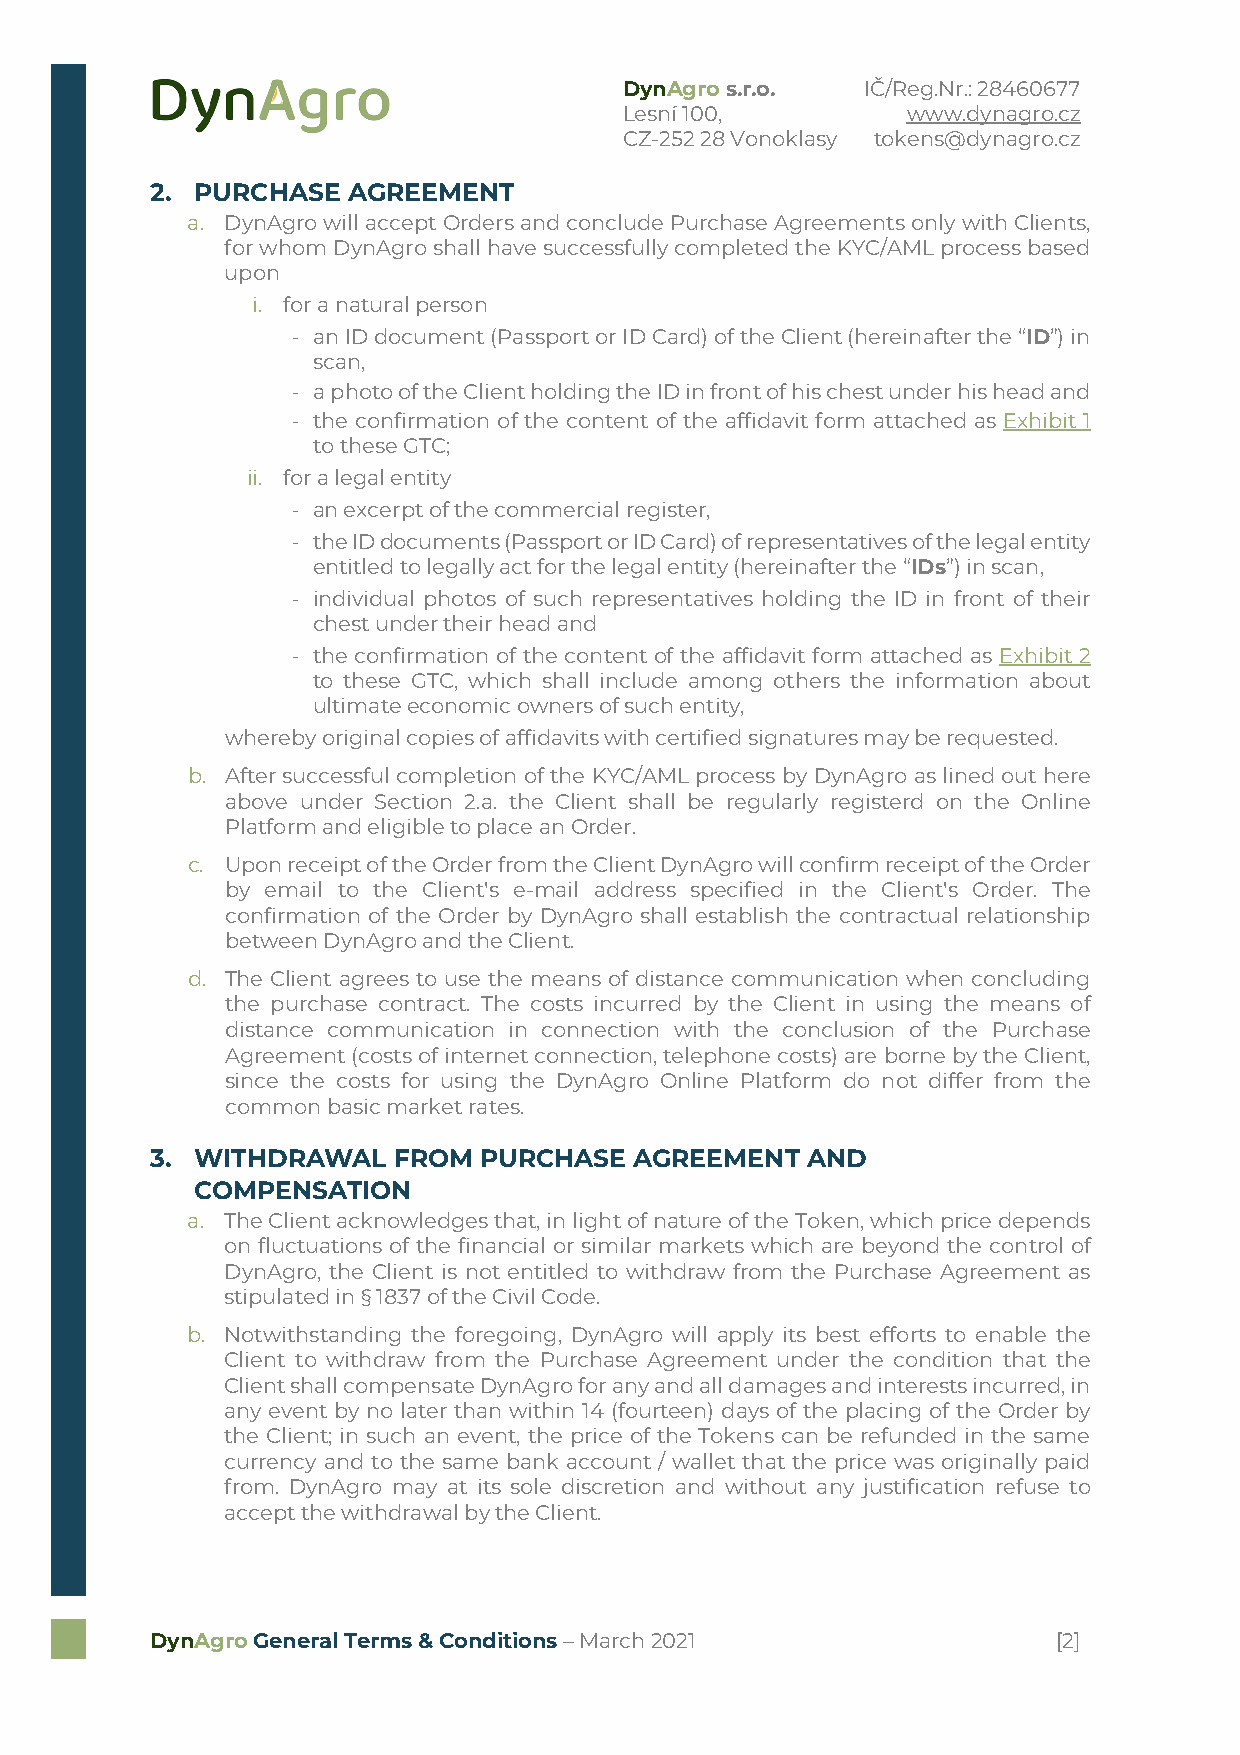
DynAgro s.r.o.  IČ/Reg.Nr.: 28460677
 Lesní 100,         www.dynagro.cz
 CZ-252 28 Vonoklasy tokens@dynagro.cz
 2. PURCHASE  AGREEMENT
 a. DynAgro will accept Orders and conclude Purchase Agreements only with Clients,
 for whom DynAgro shall have successfully completed the KYC/AML process based
 upon
 i. for a natural person
 - an ID document (Passport or ID Card) of the Client (hereinafter the “ID”) in
 scan,
 - a photo of the Client holding the ID in front of his chest under his head and
 - the confirmation of the content of the affidavit form attached as Exhibit 1
 to these GTC;
 ii. for a legal entity
 - an excerpt of the commercial register,
 - the ID documents (Passport or ID Card) of representatives of the legal entity
 entitled to legally act for the legal entity (hereinafter the “IDs”) in scan,
 - individual photos of such representatives holding the ID in front of their
 chest under their head and
 - the confirmation of the content of the affidavit form attached as Exhibit 2
 to these GTC, which shall include among others the information about
 ultimate economic owners of such entity,
 whereby original copies of affidavits with certified signatures may be requested.
 b. After successful completion of the KYC/AML process by DynAgro as lined out here
 above under Section 2.a. the Client shall be regularly registerd on the Online
 Platform and eligible to place an Order.
 c. Upon receipt of the Order from the Client DynAgro will confirm receipt of the Order
 by email to the Client's e-mail address specified in the Client's Order. The
 confirmation of the Order by DynAgro shall establish the contractual relationship
 between DynAgro and the Client.
 d. The Client agrees to use the means of distance communication when concluding
 the purchase contract. The costs incurred by the Client in using the means of
 distance communication in connection with the conclusion of the Purchase
 Agreement (costs of internet connection, telephone costs) are borne by the Client,
 since the costs for using the DynAgro Online Platform do not differ from the
 common basic market rates.
 3. WITHDRAWAL   FROM  PURCHASE  AGREEMENT  AND
 COMPENSATION
 a. The Client acknowledges that, in light of nature of the Token, which price depends
 on fluctuations of the financial or similar markets which are beyond the control of
 DynAgro, the Client is not entitled to withdraw from the Purchase Agreement as
 stipulated in § 1837 of the Civil Code.
 b. Notwithstanding the foregoing, DynAgro will apply its best efforts to enable the
 Client to withdraw from the Purchase Agreement under the condition that the
 Client shall compensate DynAgro for any and all damages and interests incurred, in
 any event by no later than within 14 (fourteen) days of the placing of the Order by
 the Client; in such an event, the price of the Tokens can be refunded in the same
 currency and to the same bank account / wallet that the price was originally paid
 from. DynAgro may at its sole discretion and without any justification refuse to
 accept the withdrawal by the Client.
 DynAgro General Terms & Conditions – March 2021             [2]